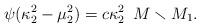
LaTeX: \begin{align*}\psi(\kappa_2^2-\mu_2^2)=c\kappa_2^2\,\,\, M\smallsetminus M_1.\end{align*}